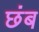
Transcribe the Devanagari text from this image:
छंब